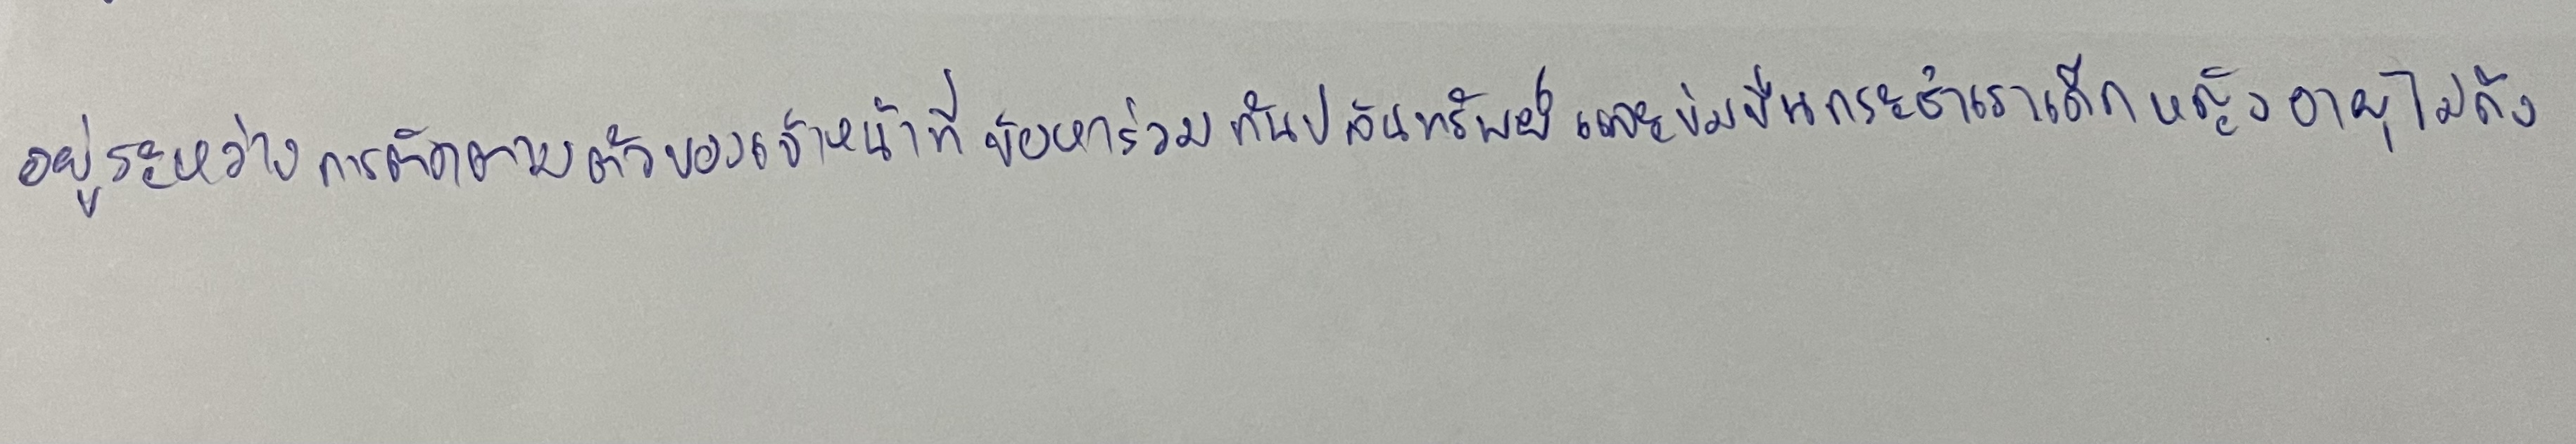
อยู่ระหว่างการติดตามตัวของเจ้าหน้าที่ข้อหาร่วมกันปล้นทรัพย์และข่มขืนกระทำชำเราเด็กหญิงอายุไม่ถึง